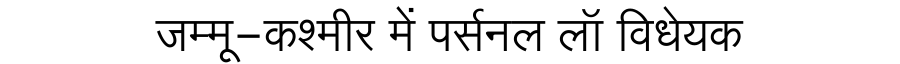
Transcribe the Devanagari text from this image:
जम्मू-कश्मीर में पर्सनल लॉ विधेयक